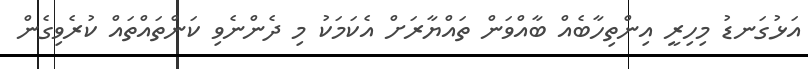
އަޅުގަނޑު މިހިރީ އިންތިހާބެއް ބާއްވަން ތައްޔާރަށް އެކަމަކު މި ދެންނެވި ކަންތައްތައް ކުރެވިގެން